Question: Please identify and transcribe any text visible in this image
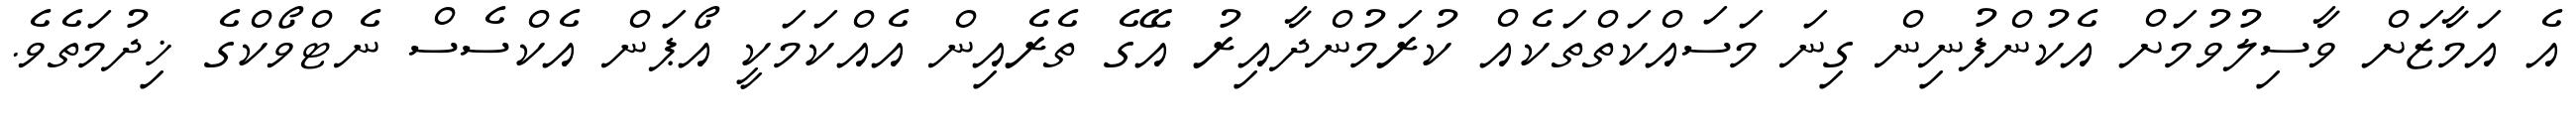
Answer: އެ އަމާޒަށް ވާސިލުވުމަށް އެކުންފުނިން ގިނަ މަސައްކަތްތަކެއް ކުރަމުންދާއިރު އޭގެ ތެރެއިން އެއްކަމަކީ އޯޕަން އެކްސެސް ނެޓްވޯކްގެ ޚިދުމަތެވެ.